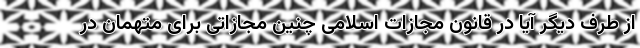
از طرف دیگر آیا در قانون مجازات اسلامی چنین مجازاتی برای متهمان در